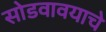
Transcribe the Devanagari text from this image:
सोडवावयाचे